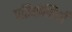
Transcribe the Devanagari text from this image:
परियोजियाँ